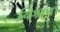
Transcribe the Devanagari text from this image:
विश्रमा